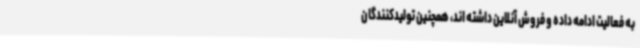
به فعالیت ادامه داده و فروش آنلاین داشته اند، همچنین تولیدکنندگان